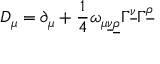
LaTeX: { \cal D } _ { \mu } = \partial _ { \mu } + { \frac { 1 } { 4 } } \omega _ { \mu \underline { { { \nu } } } \underline { { { \rho } } } } \Gamma ^ { \underline { { { \nu } } } } \Gamma ^ { \underline { { { \rho } } } }